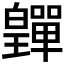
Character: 𤾺